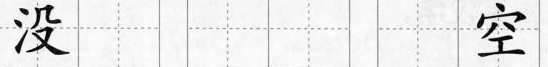
没 空